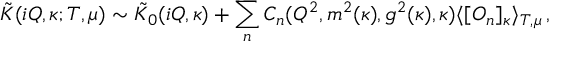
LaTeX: \tilde { K } ( i Q , \kappa ; T , \mu ) \sim \tilde { K } _ { 0 } ( i Q , \kappa ) + \sum _ { n } C _ { n } ( Q ^ { 2 } , m ^ { 2 } ( \kappa ) , g ^ { 2 } ( \kappa ) , \kappa ) \langle [ O _ { n } ] _ { \kappa } \rangle _ { T , \mu } \, ,